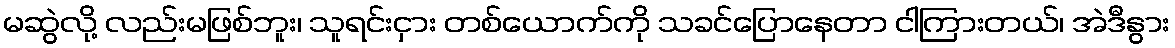
မဆွဲလို့ လည်းမဖြစ်ဘူး၊ သူရင်းငှား တစ်ယောက်ကို သခင်ပြောနေတာ ငါကြားတယ်၊ အဲဒီနွား